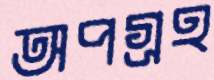
অপগ্রহ